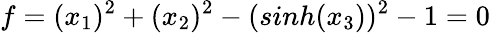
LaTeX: f=(x_{1})^{2}+(x_{2})^{2}-(sinh(x_{3}))^{2}-1=0